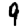
Digit: 9